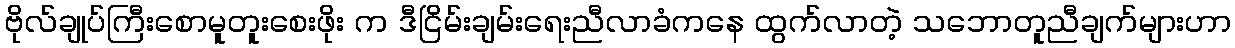
ဗိုလ်ချုပ်ကြီးစောမူတူးစေးဖိုး က ဒီငြိမ်းချမ်းရေးညီလာခံကနေ ထွက်လာတဲ့ သဘောတူညီချက်များဟာ